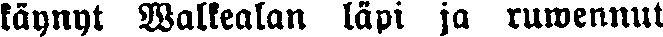
käynyt Walkealan läpi ja ruwennut